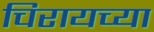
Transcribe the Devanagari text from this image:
चिरायच्या